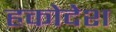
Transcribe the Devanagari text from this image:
हकोदेश